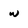
Character: w